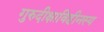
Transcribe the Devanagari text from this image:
गुरुदीक्षाविहीनस्य